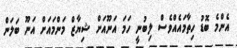
އެންމެ ބޮޑު ހިތާމައެއްވެސް ލިބުނީ ހަމަ އަނޫއަށް ޝިޔާޒް މަންމައަށް އަނޫ ބަލަން